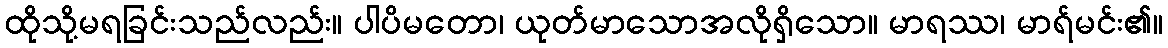
ထိုသို့မရခြင်းသည်လည်း။ ပါပိမတော၊ ယုတ်မာသောအလိုရှိသော။ မာရဿ၊ မာရ်မင်း၏။